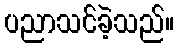
ပညာသင်ခဲ့သည်။